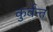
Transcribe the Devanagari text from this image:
कुर्वन्त